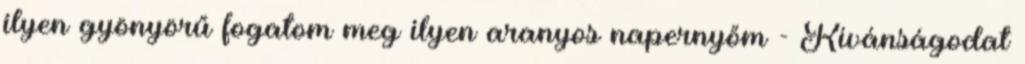
ilyen gyönyörű fogatom meg ilyen aranyos napernyőm - Kívánságodat